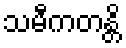
သမီကတန္တိ